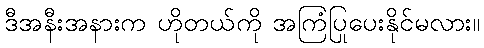
ဒီအနီးအနားက ဟိုတယ်ကို အကြံပြုပေးနိုင်မလား။